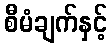
စီမံချက်နှင့်